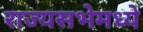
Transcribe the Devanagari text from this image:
राज्यसभेमध्ये